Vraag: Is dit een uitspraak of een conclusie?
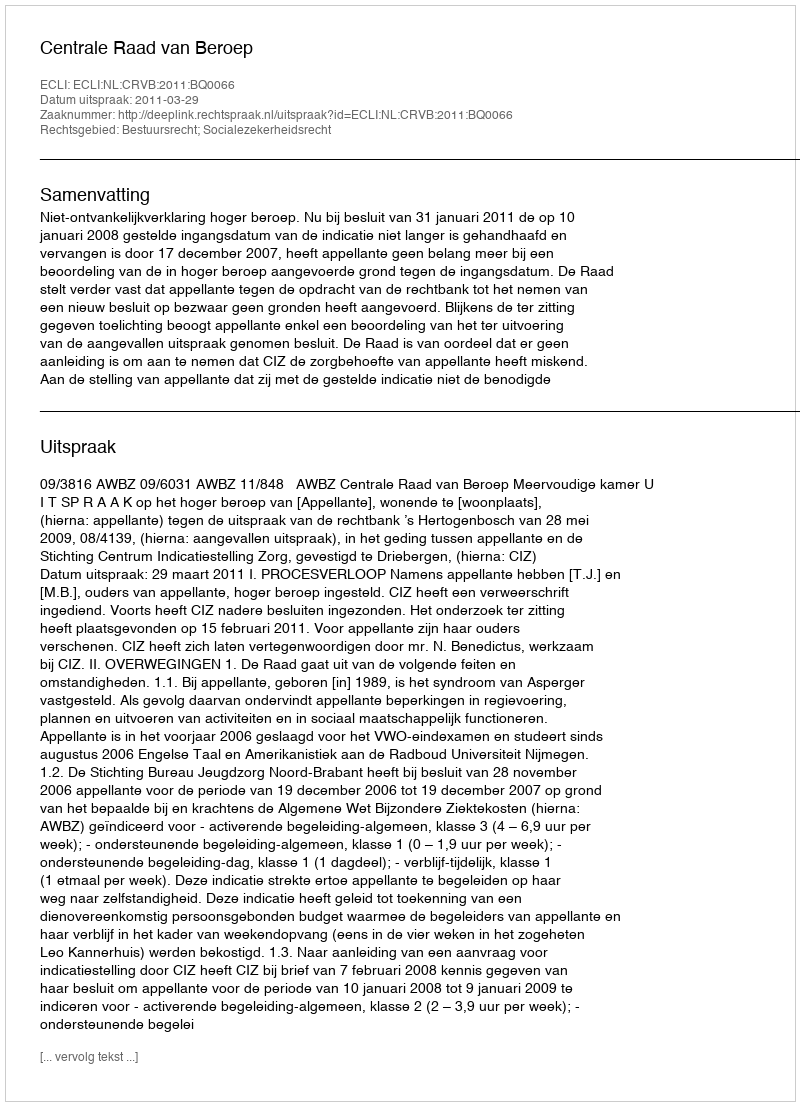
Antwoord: Uitspraak